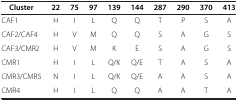
<table><thead><tr><td><b>Cluster</b></td><td><b>22</b></td><td><b>75</b></td><td><b>97</b></td><td><b>139</b></td><td><b>144</b></td><td><b>287</b></td><td><b>290</b></td><td><b>370</b></td><td><b>413</b></td></tr></thead><tbody><tr><td>CAF1</td><td>H</td><td>I</td><td>L</td><td>Q</td><td>Q</td><td>T</td><td>P</td><td>S</td><td>A</td></tr><tr><td>CAF2/CAF4</td><td>H</td><td>V</td><td>M</td><td>Q</td><td>Q</td><td>S</td><td>A</td><td>G</td><td>S</td></tr><tr><td>CAF3/CMR2</td><td>H</td><td>V</td><td>M</td><td>K</td><td>E</td><td>S</td><td>A</td><td>G</td><td>S</td></tr><tr><td>CMR1</td><td>H</td><td>I</td><td>L</td><td>Q/K</td><td>Q/E</td><td>T</td><td>A</td><td>S</td><td>A</td></tr><tr><td>CMR3/CMR5</td><td>N</td><td>I</td><td>L</td><td>Q/K</td><td>Q/E</td><td>A</td><td>A</td><td>S</td><td>A</td></tr><tr><td>CMR4</td><td>H</td><td>I</td><td>L</td><td>Q</td><td>Q</td><td>A</td><td>A</td><td>T</td><td>A</td></tr></tbody></table>